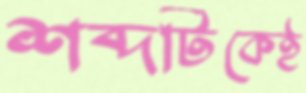
শব্দটিকেই